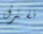
نفترق